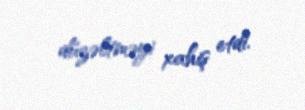
düzəltməyi xahiş etdi.